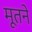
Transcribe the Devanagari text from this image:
मूतने